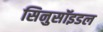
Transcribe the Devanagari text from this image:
सिनुसॉइडल